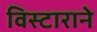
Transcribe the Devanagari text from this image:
विस्टाराने